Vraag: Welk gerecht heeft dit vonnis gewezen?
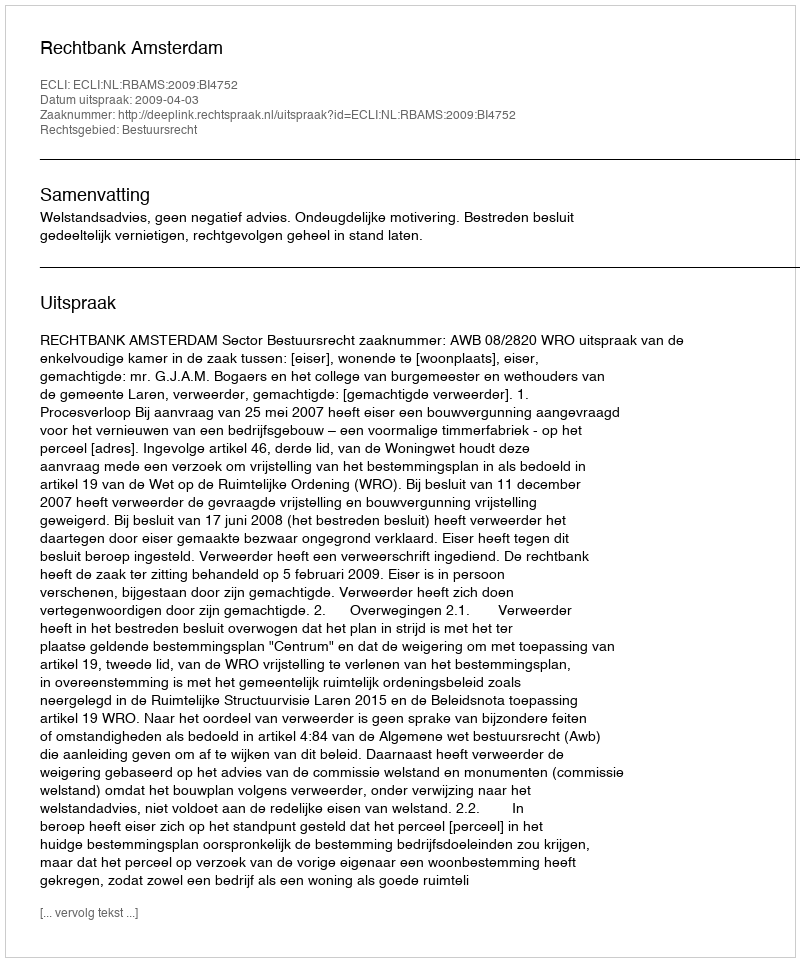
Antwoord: Rechtbank Amsterdam